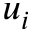
u _ { i }